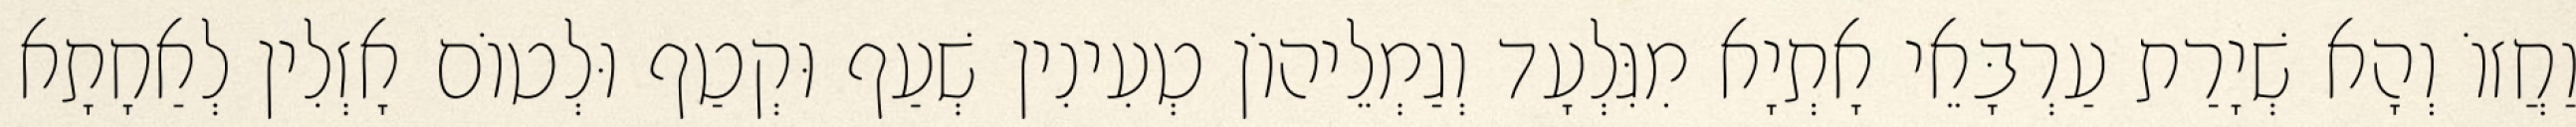
וַחֲזוֹ וְהָא שְׁיָרַת עַרְבָּאֵי אָתְיָא מִגִּלְעָד וְגַמְלֵיהוֹן טְעִינִין שְׁעַף וּקְטַף וּלְטוֹם אָזְלִין לְאַחָתָא